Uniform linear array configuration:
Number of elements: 24
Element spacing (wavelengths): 0.25
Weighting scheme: kaiser
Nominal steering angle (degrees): -45
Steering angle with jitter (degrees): -43.809
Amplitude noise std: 0.05
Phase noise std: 0.05

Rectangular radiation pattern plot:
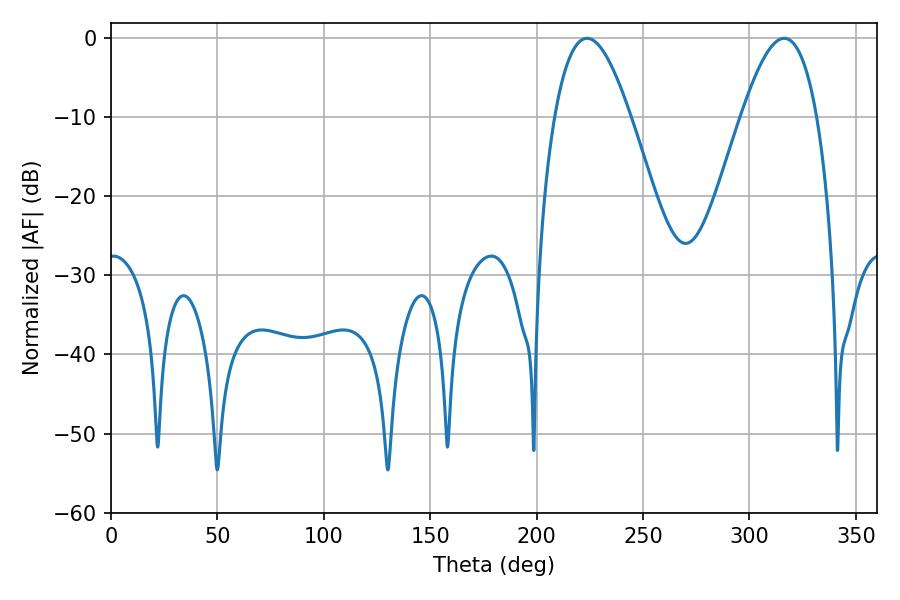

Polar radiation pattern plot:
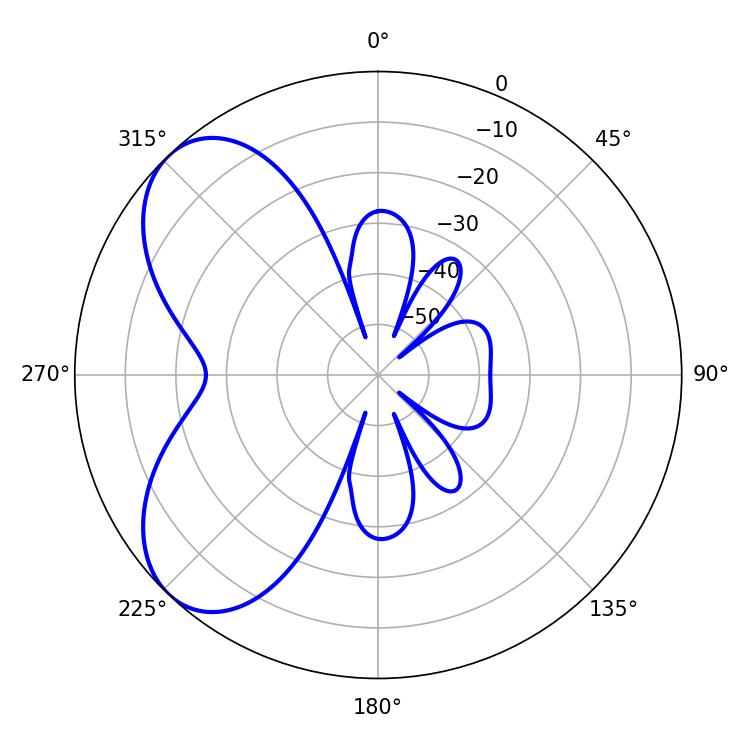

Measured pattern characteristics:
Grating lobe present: FALSE
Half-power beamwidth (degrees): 19.44
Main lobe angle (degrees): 223.74